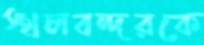
স্থলবন্দরকে